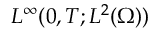
L ^ { \infty } ( 0 , T ; L ^ { 2 } ( \Omega ) )